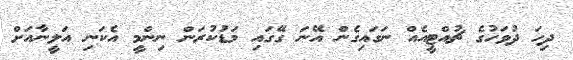
ދިހަ ދުވަހުގެ ޗުއްޓީއެއް ނަގައިގެން އޭނަ ގޭގައި މަޑުކުރަން ނިންމީ އެކަނި އަލީނާއަށް